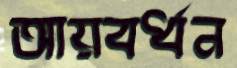
আয়বর্ধন